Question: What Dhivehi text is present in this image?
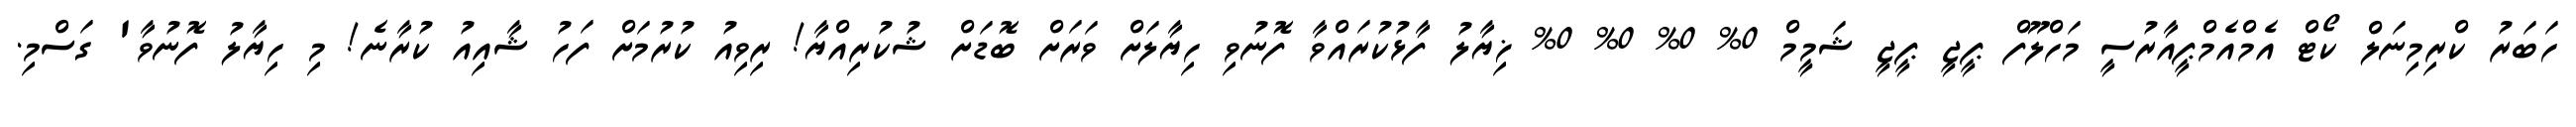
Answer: ހަބަރު ކްރިމިނަލް ކޯޓް އެމްއެމްޕީއާރުސީ މަހްލޫފް ޕީޖީ ޕީޖީ ޝަމީމް 0% 0% 0% 0% ޚިޔާލު ފާޅުކުރައްވާ ފޮނުވި ހިޔާލަށް ވަރަށް ބޮޑަށް ޝުކުރިއްޔާ! ރިވިއު ކުރުމަށް ފަހު ޝާއިއު ކުރާނެ! މި ހިޔާލު ފޮނުވާ' ގަސްމި.